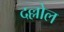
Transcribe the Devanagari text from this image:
दल्लोल